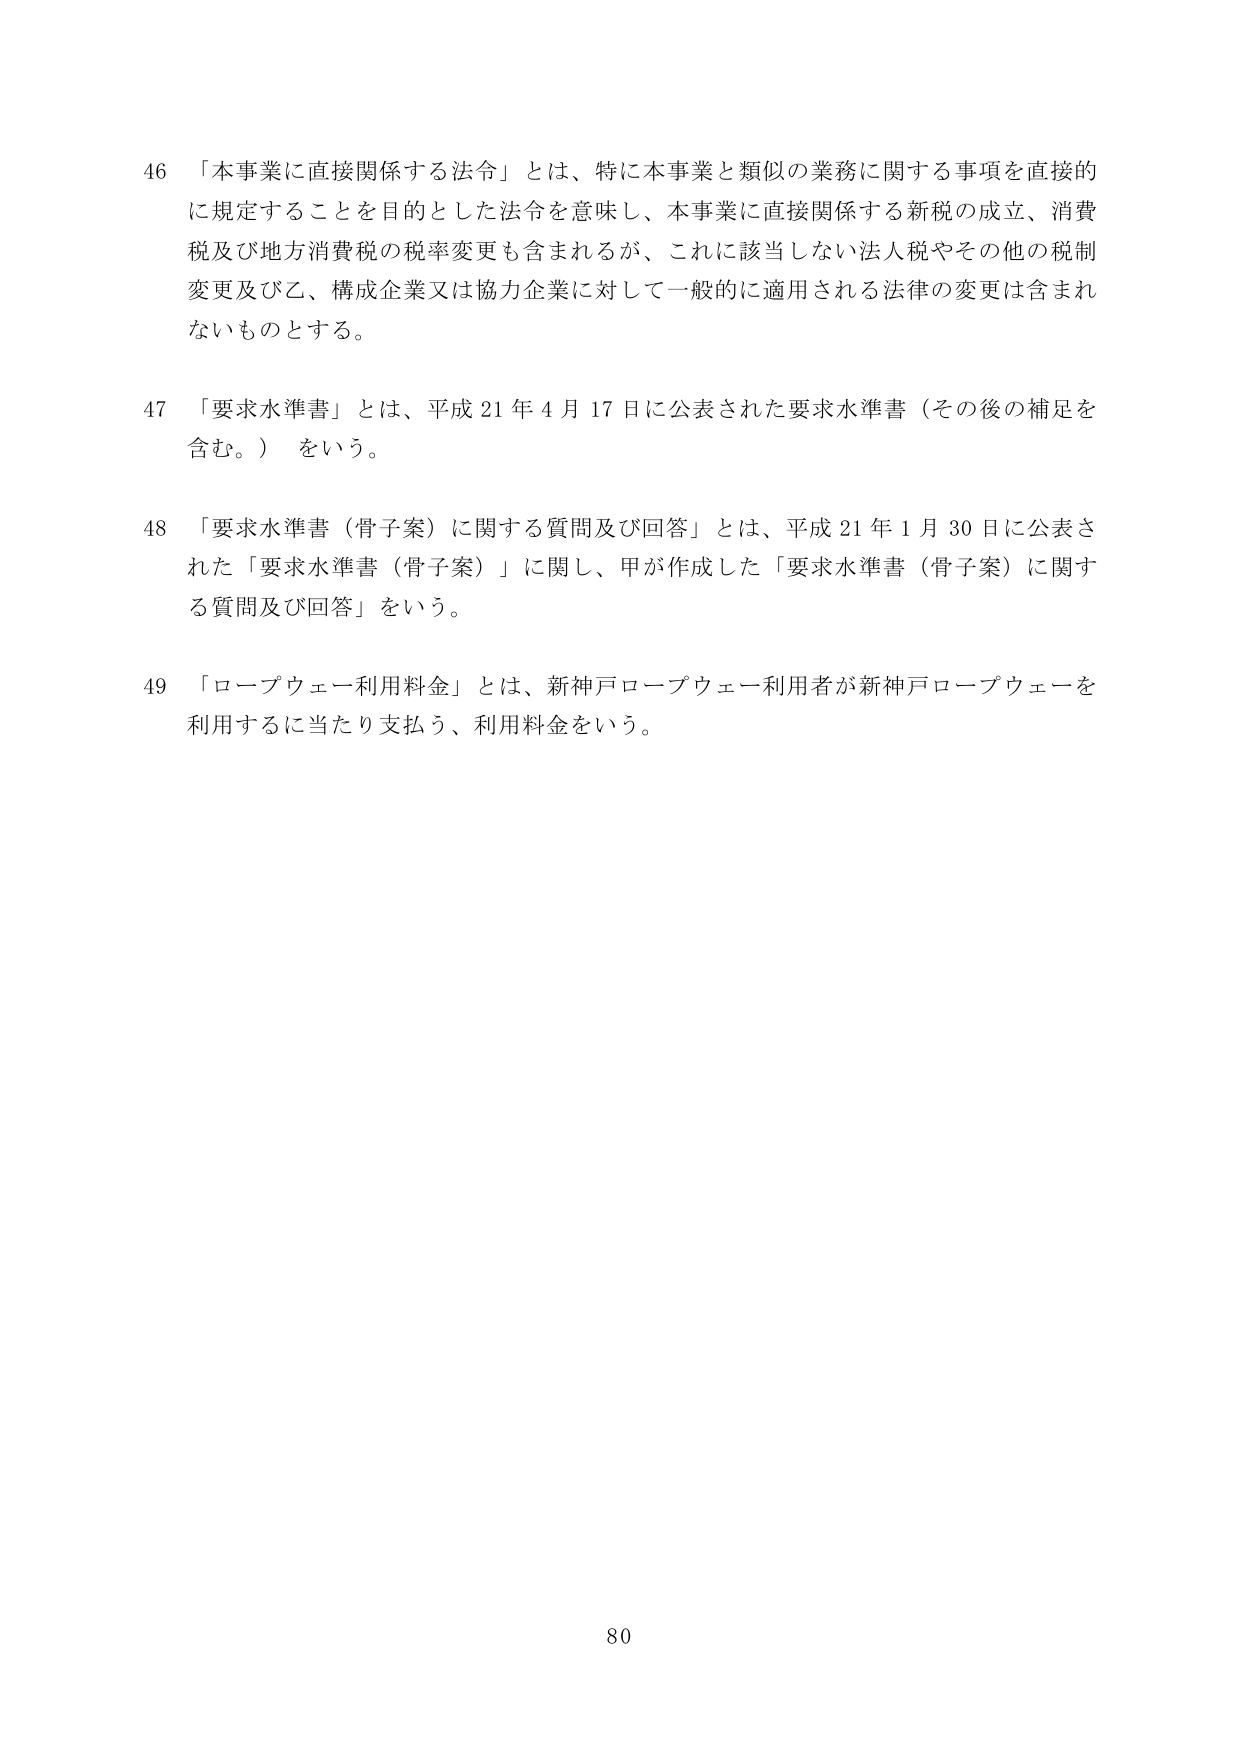
46 「本事業に直接関係する法令」とは、特に本事業と類似の業務に関する事項を直接的に規定することを目的とした法令を意味し、本事業に直接関係する新税の成立、消費税及び地方消費税の税率変更も含まれるが、これに該当しない法人税やその他の税制変更及び乙、構成企業又は協力企業に対して一般的に適用される法律の変更は含まれないものとする。

47 「要求水準書」とは、平成21年4月17日に公表された要求水準書（その後の補足を含む。）をいう。

48 「要求水準書（骨子案）に関する質問及び回答」とは、平成21年1月30日に公表された「要求水準書（骨子案）」に関し、甲が作成した「要求水準書（骨子案）に関する質問及び回答」をいう。

49 「ロープウェー利用料金」とは、新神戸ロープウェー利用者が新神戸ロープウェーを利用するに当たり支払う、利用料金をいう。

80